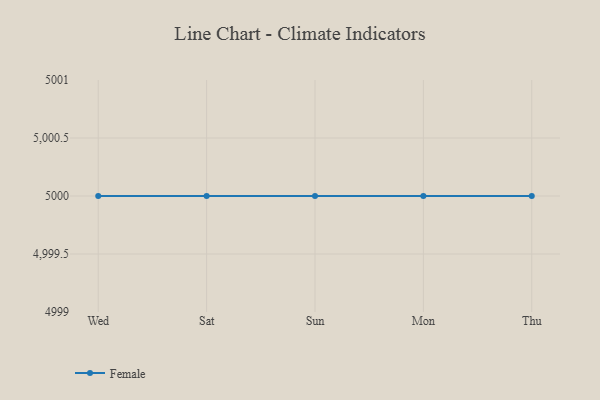
{"axis": {"x": "Day", "y": "Headcount"}, "legend": ["Female"], "data": [{"x": "Wed", "y": 5000, "type": "Female"}, {"x": "Sat", "y": 5000, "type": "Female"}, {"x": "Sun", "y": 5000, "type": "Female"}, {"x": "Mon", "y": 5000, "type": "Female"}, {"x": "Thu", "y": 5000, "type": "Female"}]}